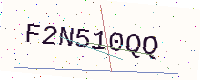
Text: F2N510QQ